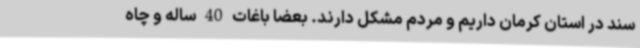
سند در استان کرمان داریم و مردم مشکل دارند. بعضا باغات 40 ساله و چاه